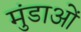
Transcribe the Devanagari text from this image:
मुंडाओं